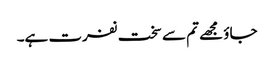
جاؤ مجھے تم سے سخت نفرت ہے۔